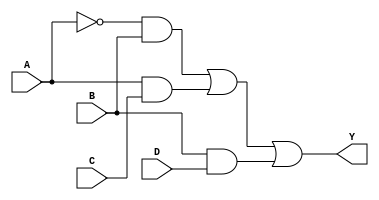
module sop_simplification (
    input wire A,  // Input variable A
    input wire B,  // Input variable B
    input wire C,  // Input variable C
    input wire D,  // Input variable D
    output wire Y  // Output variable Y
);

// Simplified SOP expression (example): Y = A'B + AC + BD
assign Y = (~A & B) | (A & C) | (B & D);

endmodule